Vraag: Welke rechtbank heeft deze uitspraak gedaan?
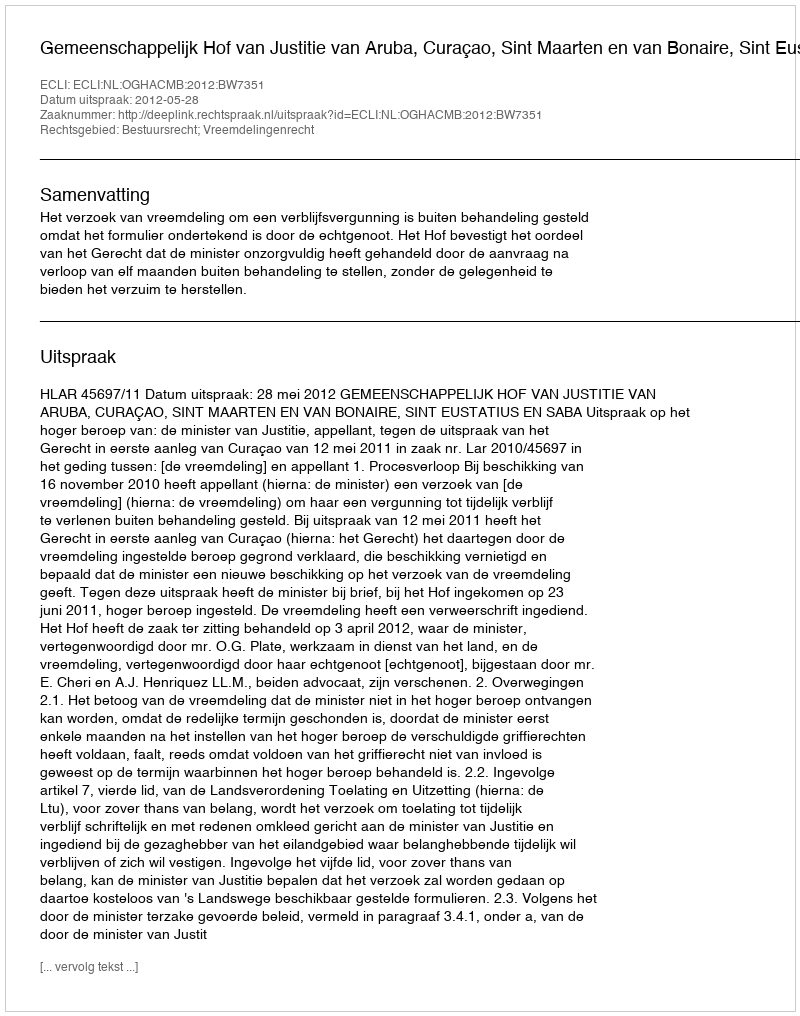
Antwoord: Gemeenschappelijk Hof van Justitie van Aruba, Curaçao, Sint Maarten en van Bonaire, Sint Eustatius en Saba